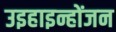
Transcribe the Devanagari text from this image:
उइहाइन्होंजन